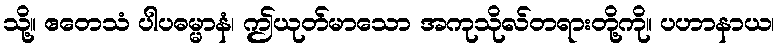
သို့။ ဧတေသံ ပါပဓမ္မာနံ၊ ဤယုတ်မာသော အကုသိုလ်တရားတို့ကို။ ပဟာနာယ၊